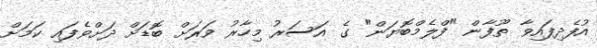
އުފެދިފައިވާ ތޫފާން "ފްލެމްބޮޔަން" ގެ އަސަރު މިހާރު ވަރަށް ބޮޑަށް ދަށްވެފައި ކަމަށް